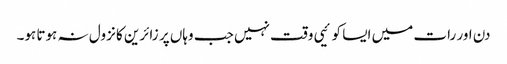
دن اور رات میں ایسا کوئیی وقت نہیں جب وہاں پر زائرین کا نزول نہ ہوتا ہو۔